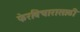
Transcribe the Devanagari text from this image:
फेरविचारासाठी